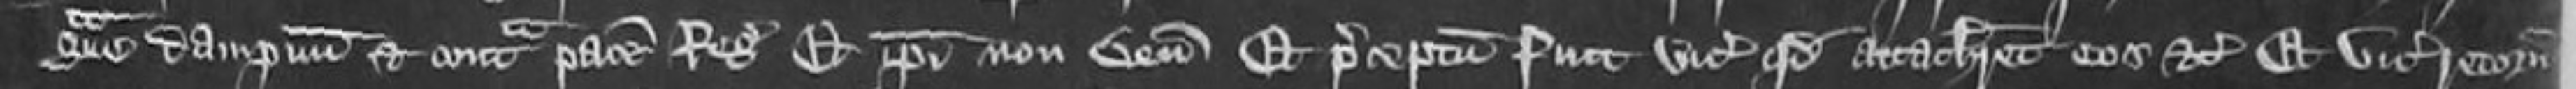
grave dampnum et contra pacem Regis Et ipsi non veniunt Et preceptum fuit vicecomiti quod attachiaret eos etc et vicecomes retornavit